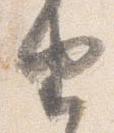
由